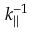
k _ { | | } ^ { - 1 }